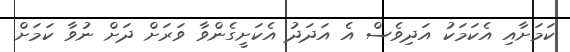
ކަމަށާއި އެކަމަކު އަދިވެސް އެ އަދަދު އެކަށީގެންވާ ވަރަށް ދަށް ނުވާ ކަމަށް